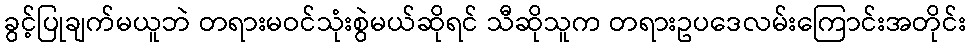
ခွင့်ပြုချက်မယူဘဲ တရားမဝင်သုံးစွဲမယ်ဆိုရင် သီဆိုသူက တရားဥပဒေလမ်းကြောင်းအတိုင်း